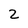
Character: 2